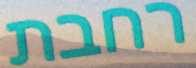
רחבת